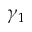
\gamma _ { 1 }